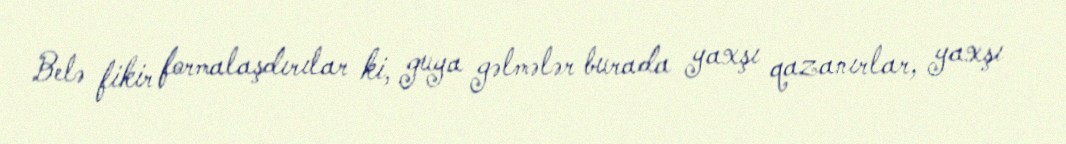
Belə fikir formalaşdırılar ki, guya gəlmələr burada yaxşı qazanırlar, yaxşı